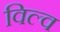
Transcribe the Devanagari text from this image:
विल्व